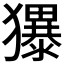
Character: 𪻌